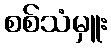
စစ်သံမှူး